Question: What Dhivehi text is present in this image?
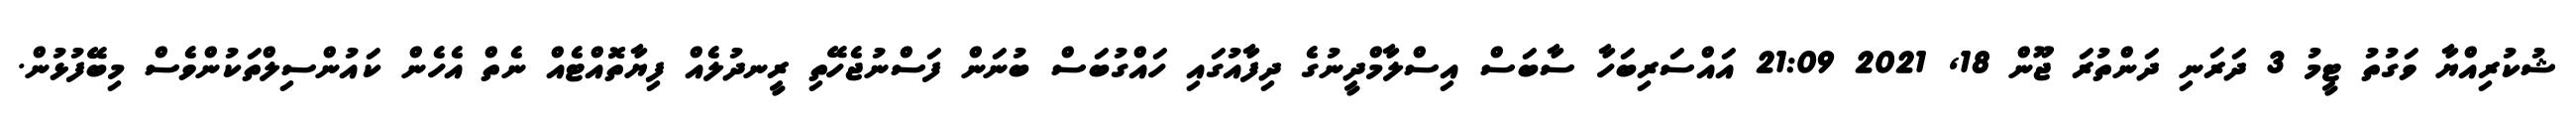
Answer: ޝުކުރިއްޔާ ވަގުތު ޓީމު 3 ދަރަނި ދަންތުރަ ޖޫން 18, 2021 21:09 އައްސަރިބަހާ ސާބަސް އިސްލާމްދީނުގެ ދިފާއުގައި ހައްގުބަސް ބުނަން ފަސްނުޖެހޭތި ރީނދުލެއް ފިޔާތޮއްޓެއް ނެތް އެހެން ކައުންސިލްތަކުންވެސް މިބޭފުޅުން.